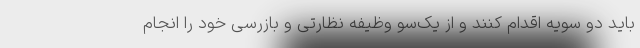
باید دو سویه اقدام کنند و از یک‌سو وظیفه نظارتی و بازرسی خود را انجام